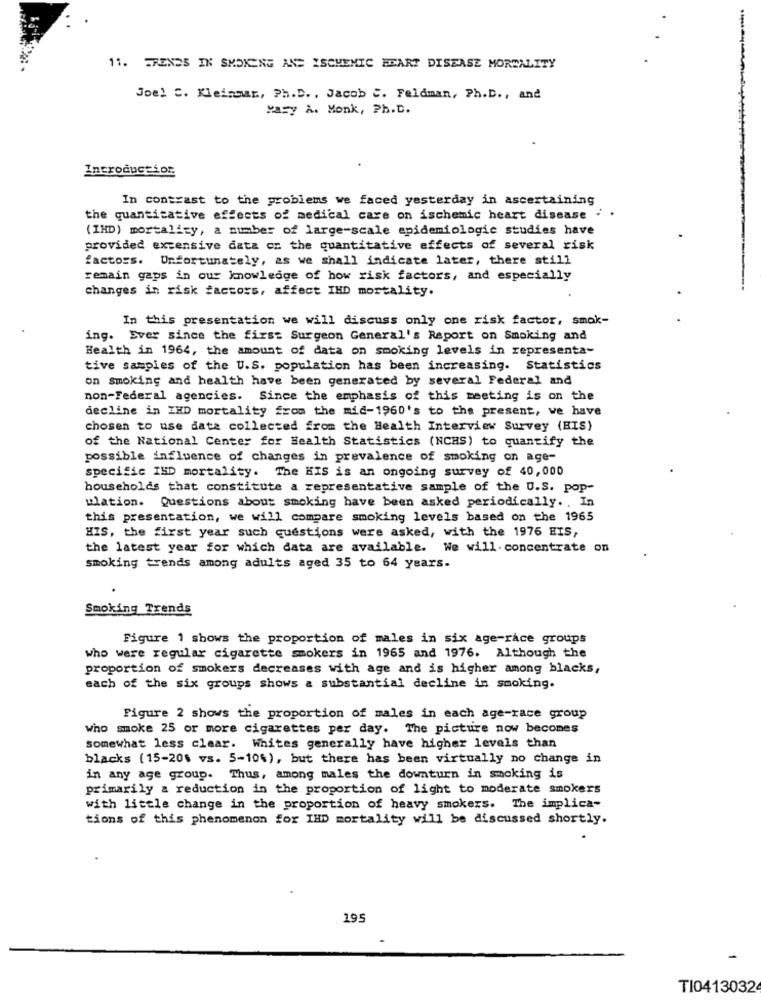
11. TRENDS IN SMOKING AND ISCHEMIC HEART DISEASE MORTALITY
Joel C. Kleinmar ., Ph.D ., Jacob ". Feldman, Ph.D ., and
Mary A. Monk, Ph.D.
Introductior.
In contrast to the problems we faced yesterday in ascertaining
the quantitative effects of medical care on ischemic heart disease :
(IHD) mortality, a number of large-scale epidemiologic studies have
provided extensive data cz the quantitative effects of several risk
factors. Unfortunately, as we shall indicate later, there still
remain gaps in our knowledge of how risk factors, and especially
changes in risk factors, affect IHD mortality.
In this presentation we will discuss only one risk factor, smok-
ing. Ever since the first Surgeon General's Report on Smoking and
Health in 1964, the amount of data on smoking levels in representa-
tive samples of the U.S. population has been increasing. Statistics
on Smoking and health have been generated by several Federal and
non-Federal agencies. Since the emphasis of this meeting is on the
decline in IHD mortality from the mid-1960's to the present, we have
chosen to use data collected from the Health Interview Survey (HIS)
of the National Center for Health Statistics (NCHS) to quantify the
possible influence of changes in prevalence of smoking on age-
specific ISD mortality. The HIS is an ongoing survey of 40,000
households that constitute a representative sample of the U.S. pop-
ulation. Questions about smoking have been asked periodically. , In
this presentation, we will compare smoking levels based on the 1965
HIS, the first year such questions were asked, with the 1976 HIS,
the latest year for which data are available. We will. concentrate on
smoking trends among adults aged 35 to 64 years.
Smoking Trends
Figure 1 shows the proportion of males in six age-race groups
who were regular cigarette smokers in 1965 and 1976. Although the
proportion of smokers decreases with age and is higher among blacks,
each of the six groups shows a substantial decline in smoking.
Figure 2 shows the proportion of males in each age-race group
who smoke 25 or more cigarettes per day. The picture now becomes
somewhat less clear. Whites generally have higher levels than
blacks (15-20% vs. 5-10%), but there has been virtually no change in
in any age group. Thus, among males the downturn in smoking is
primarily a reduction in the proportion of light to moderate smokers
with little change in the proportion of heavy smokers. The implica-
tions of this phenomenon for IHD mortality will be discussed shortly.
195
TI0413032